Annual statistical returns and brief notes on vaccination in Bengal - 1896-1909
Year: 1896
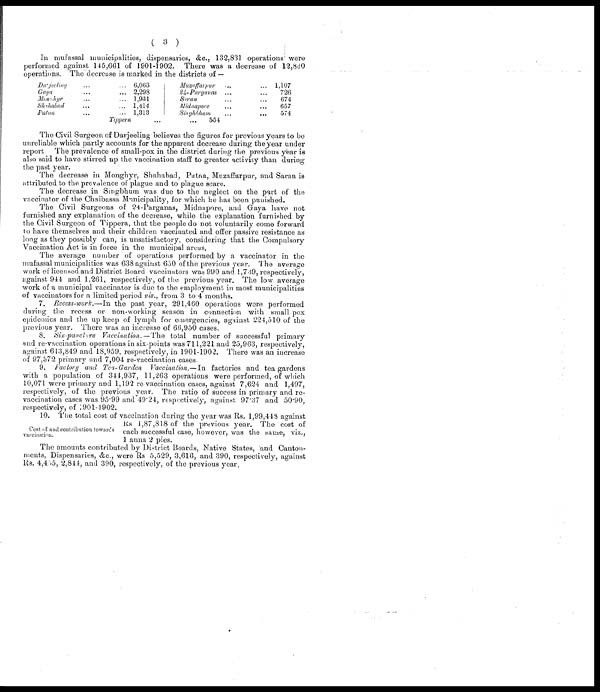
(3)
In mufassal municipalities, dispensaries, &c., 132,831 operations were
performed against 145,661 of 1901-1902. There was a decrease of 12,830
operations. The decrease is marked in the districts of —
Darjeeeling... ...
Gaya... ...
Monahyr. . . . . .
Shahabad... ...
Patna... ...
6,063
2,298
1,931
1,414
1,313
Tippera... ...
Muzaffarpur... ...
24-Parganas... ...
Saran... ...
Midnapore... ...
Singhbhum...
...
1,107
726
674
657
574
554
The Civil Surgeon of Darjeeling believes the figures for previous years to be
unreliable which partly accounts for the apparent decrease during the year under
report The prevalence of small-pox in the district during the previous year is
also said to have stirred up the vaccination staff to greater activity than during
the past year.
The decrease in Monghyr, Shahabad, Patna, Muzaffarpur, and Saran is
attributed to the prevalence of plague and to plague scare.
The decrease in Singbhum was due to the neglect on the part of the
vaccinator of the Chaibassa Municipality, for which he has been punished.
The Civil Surgeons of 24-Parganas, Midnapore, and Gaya have not
furnished any explanation of the decrease, while the explanation furnished by
the Civil Surgeon of Tippera, that the people do not voluntarily come forward
to have themselves and their children vaccinated and offer passive resistance as
long as they possibly can, is unsatisfactory, considering that the Compulsory
Vaccination Act is in force in the municipal areas.
The average number of operations performed by a vaccinator in the
mufassal municipalities was 638 against 650 of the previous year. The average
work of licensed and District Board vaccinators was 990 and 1,739, respectively,
against 944 and 1,261, respectively, of the previous year. The low average
work of a municipal vaccinator is due to the employment in most municipalities
of vaccinators for a limited period viz., from 3 to 4 months.
7. Recess-work.—In the past year, 291,460 operations were performed
during the recess or non-working season in connection with small pox
epidemics and the up keep of lymph for emergencies, against 224,510 of the
previous year. There was an increase of 66,950 cases.
8. Six-puncture Vaccination.—The total number of successful primary
and re-vaccination operations in six-points was 711,221 and 25,963, respectively,
against 613,849 and 18,959, respectively, in 1901-1902. There was an increase
of 97,372 primary and 7,004 re-vaccination cases.
9. Factory and Tea-Garden Vaccination.— In factories and tea gardens
with a population of 344,937, 11,263 operations were performed, of which
10,071 were primary and 1,192 re-vaccination cases, against 7,624 and 1,497,
respectively, of the previous year. The ratio of success in primary and re-
vaccination cases was 95.99 and 49.24, respectively, against 97.37 and 50.90,
respectively, of 1901-1902.
Cost of and contribution towards
vaccination.
10. The total cost of vaccination during the year was Rs. 1,99,448 against
Rs 1,87,818 of the previous year. The cost of
each successful case, however, was the same, viz.,
1 anna 2 pies.
The amounts contributed by District Boards, Native States, and Canton-
ments, Dispensaries, &c., were Rs 5,529, 3,616, and 390, respectively, against
Rs. 4,465, 2,844, and 390, respectively, of the previous year.